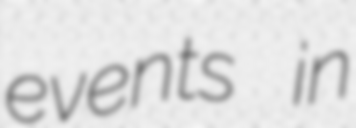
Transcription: events in